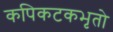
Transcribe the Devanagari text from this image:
कपिकटकभृतो